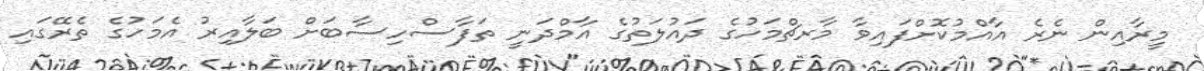
މީރާއިން ނެރެ އާއްމުކޮށްފައިވާ މާރޗްމަހުގެ ދައުލަތުގެ އާމްދަނީ ތަފާސްހިސާބަށް ބަލާއިރު އެމަހުގެ ތެރޭގައި